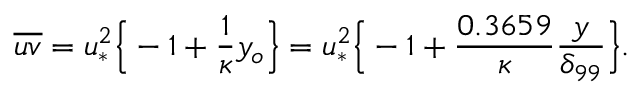
\overline { { u v } } = u _ { * } ^ { 2 } \Big \{ - 1 + \frac { 1 } { \kappa } y _ { o } \Big \} = u _ { * } ^ { 2 } \Big \{ - 1 + \frac { 0 . 3 6 5 9 } { \kappa } \frac { y } { \delta _ { 9 9 } } \Big \} .